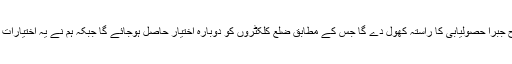
کانگریسی لیڈر نے کہا کہ یہ آرڈیننس 1894 ء کی طرح جبراً حصولیابی کا راستہ کھول دے گا جس کے مطابق ضلع کلکٹروں کو دوبارہ اختیار حاصل ہوجائے گا جبکہ ہم نے یہ اختیارات کلکٹروں سے چھین گرام سبھاؤں کے حوالے کئے تھے ۔